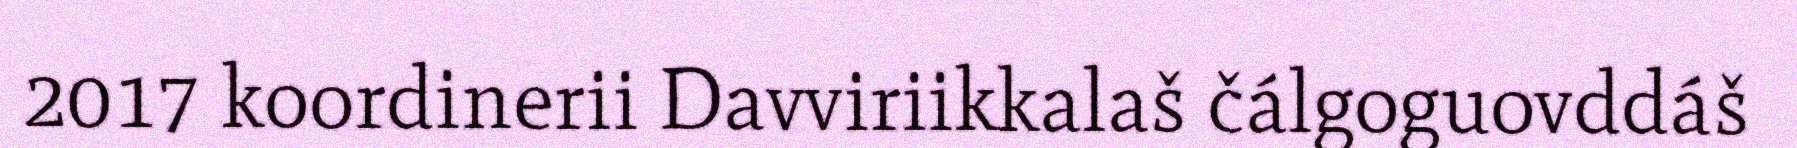
2017 koordinerii Davviriikkalaš čálgoguovddáš